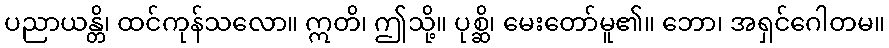
ပညာယန္တိ၊ ထင်ကုန်သလော။ ဣတိ၊ ဤသို့။ ပုစ္ဆိ၊ မေးတော်မူ၏။ ဘော၊ အရှင်ဂေါတမ။